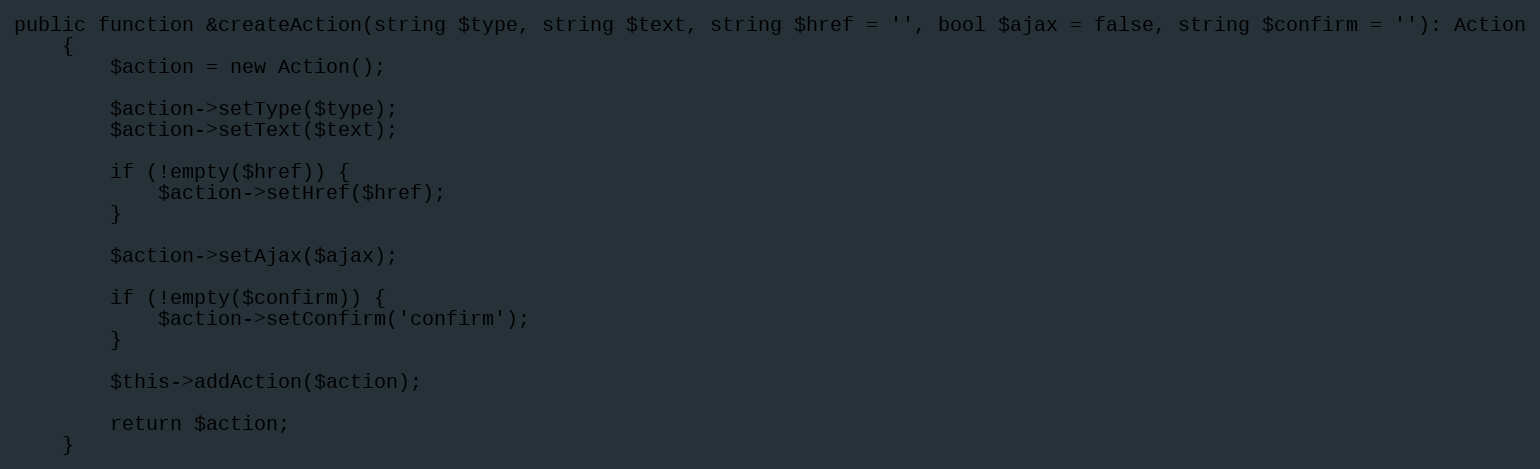
Language: PHP
public function &createAction(string $type, string $text, string $href = '', bool $ajax = false, string $confirm = ''): Action
    {
        $action = new Action();

        $action->setType($type);
        $action->setText($text);

        if (!empty($href)) {
            $action->setHref($href);
        }

        $action->setAjax($ajax);

        if (!empty($confirm)) {
            $action->setConfirm('confirm');
        }

        $this->addAction($action);

        return $action;
    }